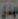
مهدي